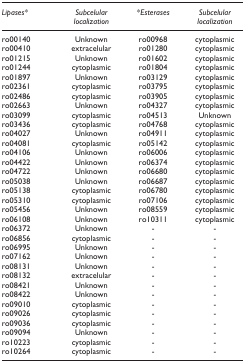
<table><thead><tr><td><b><i>Lipases*</i></b></td><td><b><i>Subcelular localization</i></b></td><td><b><i>*Esterases</i></b></td><td><b>Subcelular localization</b></td></tr></thead><tbody><tr><td>ro00140</td><td>Unknown</td><td>ro00968</td><td>cytoplasmic</td></tr><tr><td>ro00410</td><td>extracelular</td><td>ro01280</td><td>cytoplasmic</td></tr><tr><td>ro01215</td><td>Unknown</td><td>ro01602</td><td>cytoplasmic</td></tr><tr><td>ro01244</td><td>cytoplasmic</td><td>ro01804</td><td>cytoplasmic</td></tr><tr><td>ro01897</td><td>Unknown</td><td>ro03129</td><td>cytoplasmic</td></tr><tr><td>ro02361</td><td>cytoplasmic</td><td>ro03795</td><td>cytoplasmic</td></tr><tr><td>ro02486</td><td>cytoplasmic</td><td>ro03905</td><td>cytoplasmic</td></tr><tr><td>ro02663</td><td>Unknown</td><td>ro04327</td><td>cytoplasmic</td></tr><tr><td>ro03099</td><td>cytoplasmic</td><td>ro04513</td><td>Unknown</td></tr><tr><td>ro03436</td><td>cytoplasmic</td><td>ro04768</td><td>cytoplasmic</td></tr><tr><td>ro04027</td><td>Unknown</td><td>ro04911</td><td>cytoplasmic</td></tr><tr><td>ro04081</td><td>cytoplasmic</td><td>ro05142</td><td>cytoplasmic</td></tr><tr><td>ro04106</td><td>Unknown</td><td>ro06006</td><td>cytoplasmic</td></tr><tr><td>ro04422</td><td>Unknown</td><td>ro06374</td><td>cytoplasmic</td></tr><tr><td>ro04722</td><td>Unknown</td><td>ro06680</td><td>cytoplasmic</td></tr><tr><td>ro05038</td><td>Unknown</td><td>ro06687</td><td>cytoplasmic</td></tr><tr><td>ro05138</td><td>cytoplasmic</td><td>ro06780</td><td>cytoplasmic</td></tr><tr><td>ro05310</td><td>cytoplasmic</td><td>ro07106</td><td>cytoplasmic</td></tr><tr><td>ro05456</td><td>Unknown</td><td>ro08559</td><td>cytoplasmic</td></tr><tr><td>ro06108</td><td>Unknown</td><td>ro10311</td><td>cytoplasmic</td></tr><tr><td>ro06372</td><td>Unknown</td><td>-</td><td>-</td></tr><tr><td>ro06856</td><td>cytoplasmic</td><td>-</td><td>-</td></tr><tr><td>ro06995</td><td>Unknown</td><td>-</td><td>-</td></tr><tr><td>ro07162</td><td>Unknown</td><td>-</td><td>-</td></tr><tr><td>ro08131</td><td>Unknown</td><td>-</td><td>-</td></tr><tr><td>ro08132</td><td>extracelular</td><td>-</td><td>-</td></tr><tr><td>ro08421</td><td>Unknown</td><td>-</td><td>-</td></tr><tr><td>ro08422</td><td>Unknown</td><td>-</td><td>-</td></tr><tr><td>ro09010</td><td>cytoplasmic</td><td>-</td><td>-</td></tr><tr><td>ro09026</td><td>cytoplasmic</td><td>-</td><td>-</td></tr><tr><td>ro09036</td><td>cytoplasmic</td><td>-</td><td>-</td></tr><tr><td>ro09094</td><td>Unknown</td><td>-</td><td>-</td></tr><tr><td>ro10223</td><td>cytoplasmic</td><td>-</td><td>-</td></tr><tr><td>ro10264</td><td>cytoplasmic</td><td>-</td><td>-</td></tr></tbody></table>